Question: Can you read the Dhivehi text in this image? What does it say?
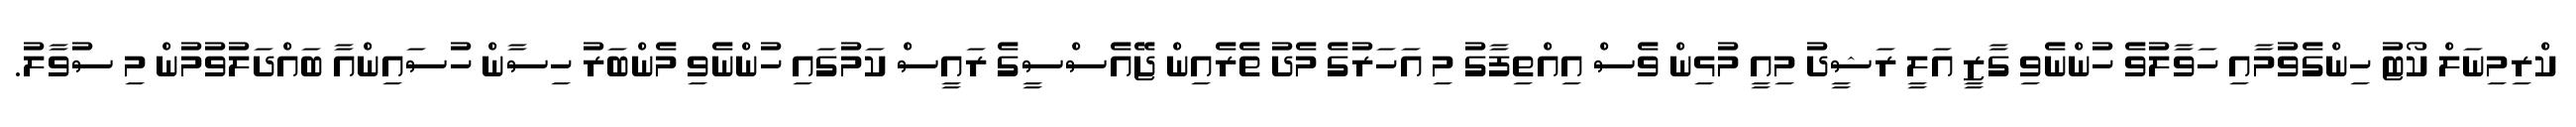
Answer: ކްރިމިނަލް ކޯޓު ހިންގެވުމާއި ހަވާލުވެ ހުންނެވި ގާޒީ އަލީ ރަޝީދު މިއީ މުޅިން ވެސް އިއްތިފާގު މި އަހަރުގެ މެދު ތެރެއިން ޖޭއެސްސީގެ ރައީސް ކަމުގައި ހުންނެވި މެންބަރު ހިސާން ހުސައިންއާ ބައްދަލުވުމުން މި ސުވާލު.